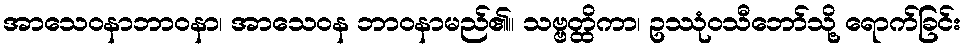
အာသေဝနာဘာဝနာ၊ အာသေဝန ဘာဝနာမည်၏။ သဗ္ဗတ္ထိကာ၊ ဥဿုံဝသီဘော်သို့ ရောက်ခြင်း